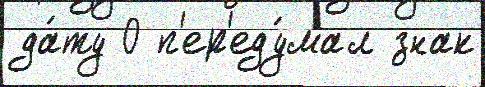
да́ту 0 п'ер'еду́мал знак